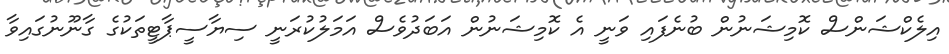
އިލެކްޝަންސް ކޮމިޝަނުން ބުނެފައި ވަނީ އެ ކޮމިޝަނުން އަބަދުވެސް އަމަލުކުރަނީ ސިޔާސީޕާޓީތަކުގެ ގާނޫނުގައިވާ